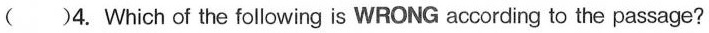
( )4. Which of the following is WRONG according to the passage?